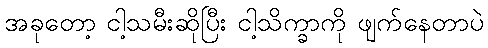
အခုတော့ ငါ့သမီးဆိုပြီး ငါ့သိက္ခာကို ဖျက်နေတာပဲ